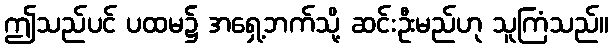
ဤသည်ပင် ပထမ၌ အရှေ့ဘက်သို့ ဆင်းဦးမည်ဟု သူကြံသည်။